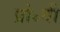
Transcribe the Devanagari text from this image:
प्रो॰वी